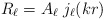
\begin{align*}R_\ell = A_\ell \; j_\ell (kr)\end{align*}